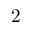
2